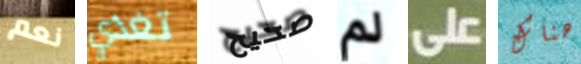
نعم تغذي صحيح لم على هناك